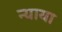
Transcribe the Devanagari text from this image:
न्याया